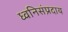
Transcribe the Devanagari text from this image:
ध्वनिसंप्रदाय